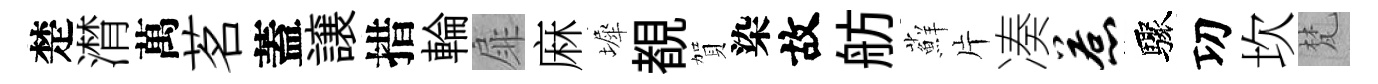
楚潸萬茗蓋譲措輪扉麻墀覩賀染故舫蘚片凑惹驟㓛坎梵